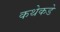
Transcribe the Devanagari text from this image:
कथेकडे